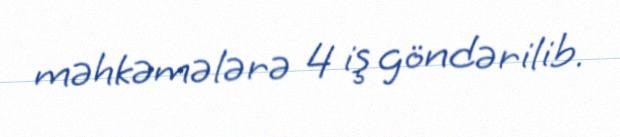
məhkəmələrə 4 iş göndərilib.